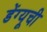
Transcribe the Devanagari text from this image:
डेंग्यूची